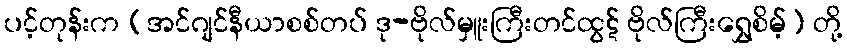
ပင့်တုန်းက (အင်ဂျင်နီယာစစ်တပ် ဒု-ဗိုလ်မှူးကြီးတင်ထွဋ် ဗိုလ်ကြီးရွှေစိမ့်) တို့